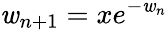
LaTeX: \mathit{w}_{n+1}=xe^{-\mathit{w}_{n}}